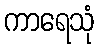
ကာရေသုံ